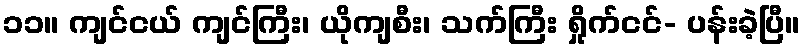
၁၁။ ကျင်ငယ် ကျင်ကြီး၊ ယိုကျစီး၊ သက်ကြီး ရှိုက်ငင်- ပန်းခဲ့ပြီ။